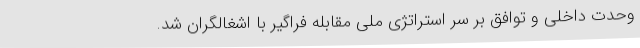
وحدت داخلی و توافق بر سر استراتژی ملی مقابله فراگیر با اشغالگران شد.